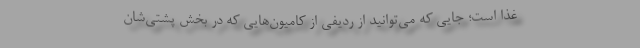
غذا است؛ جایی که می‌توانید از ردیفی از کامیون‌هایی که در بخش پشتی‌شان